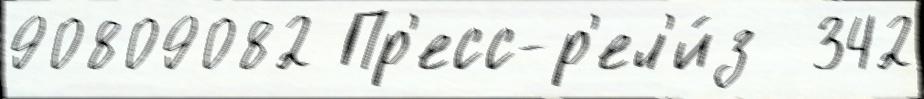
90809082 Пр'есс-р'ел'и́з  342